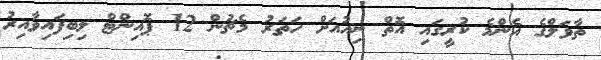
ތާވަލްގެ އެންމެ ކުރީގައި އޮތް ނިއުއަށް ހަތަރު މެޗުން 12 ޕޮއިންޓް ލިބިފައިވާއިރު